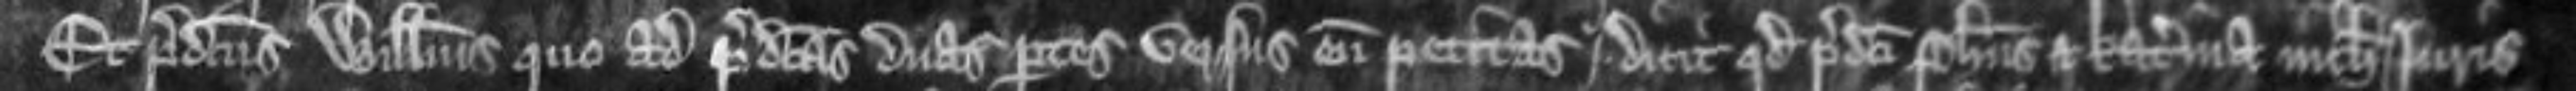
Et predictus Willelmus quo ad predictas duas partes versus eum petitas dicit quod predicti Phillipus et Katerina nichil juris